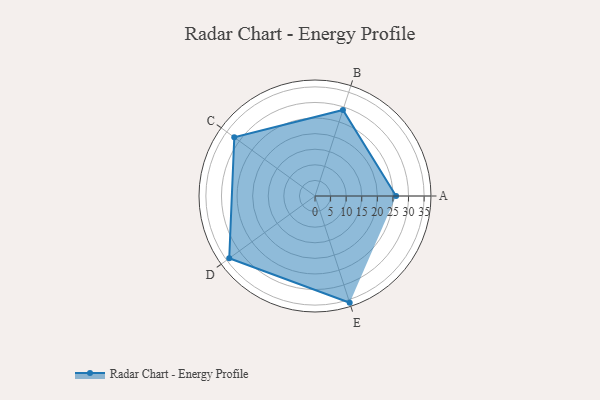
{"axis": {"x": "Skill", "y": "Score"}, "legend": ["Profile"], "data": [{"x": "A", "y": 26.0, "type": "Profile"}, {"x": "B", "y": 29.0, "type": "Profile"}, {"x": "C", "y": 32.0, "type": "Profile"}, {"x": "D", "y": 34.0, "type": "Profile"}, {"x": "E", "y": 36.0, "type": "Profile"}]}